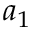
a _ { 1 }